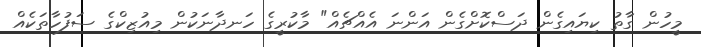
މީހުން ގާތު ކިޔައިގެން ދަސްކޮށްގެން އަންނަ އެއްޗެއް" މާކުރީގެ ހަނދާނަކުން މިއުޒިކްގެ ސަފުހާތަކެއް